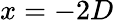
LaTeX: x=-2D